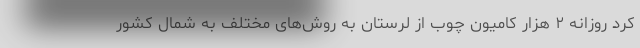
کرد روزانه ۲ هزار کامیون چوب از لرستان به روش‌های مختلف به شمال کشور